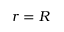
r = R